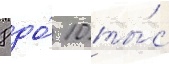
8 до́ 10 ты́с